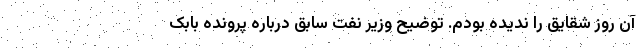
آن روز شقایق را ندیده بودم. توضیح وزیر نفت سابق درباره پرونده بابک